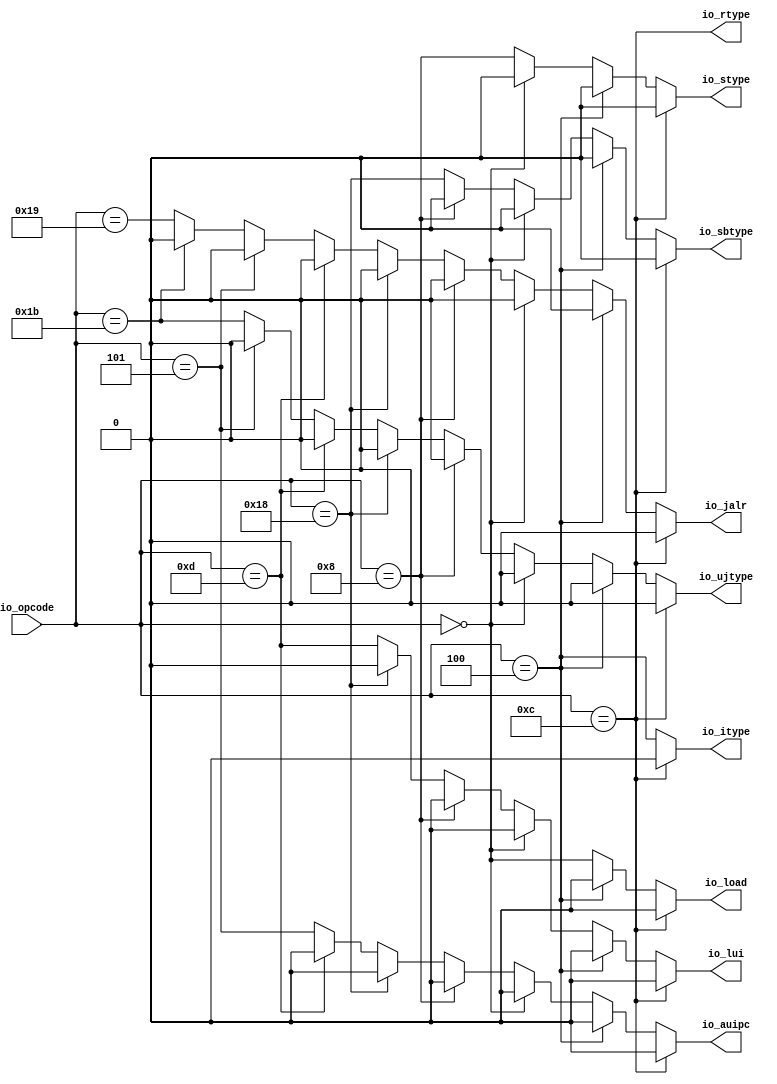
module TypeDecode(
  input  [4:0] io_opcode,
  output       io_rtype,
  output       io_itype,
  output       io_load,
  output       io_stype,
  output       io_sbtype,
  output       io_lui,
  output       io_auipc,
  output       io_ujtype,
  output       io_jalr
);
  wire  _T; // @[TypeDecode.scala 29:22]
  wire  _T_1; // @[TypeDecode.scala 31:28]
  wire  _T_2; // @[TypeDecode.scala 33:28]
  wire  _T_3; // @[TypeDecode.scala 35:28]
  wire  _T_4; // @[TypeDecode.scala 37:28]
  wire  _T_5; // @[TypeDecode.scala 39:28]
  wire  _T_6; // @[TypeDecode.scala 41:28]
  wire  _T_7; // @[TypeDecode.scala 43:28]
  wire  _T_8; // @[TypeDecode.scala 45:28]
  wire  _GEN_2; // @[TypeDecode.scala 43:37]
  wire  _GEN_4; // @[TypeDecode.scala 41:37]
  wire  _GEN_5; // @[TypeDecode.scala 41:37]
  wire  _GEN_7; // @[TypeDecode.scala 39:37]
  wire  _GEN_8; // @[TypeDecode.scala 39:37]
  wire  _GEN_9; // @[TypeDecode.scala 39:37]
  wire  _GEN_11; // @[TypeDecode.scala 37:37]
  wire  _GEN_12; // @[TypeDecode.scala 37:37]
  wire  _GEN_13; // @[TypeDecode.scala 37:37]
  wire  _GEN_14; // @[TypeDecode.scala 37:37]
  wire  _GEN_16; // @[TypeDecode.scala 35:37]
  wire  _GEN_17; // @[TypeDecode.scala 35:37]
  wire  _GEN_18; // @[TypeDecode.scala 35:37]
  wire  _GEN_19; // @[TypeDecode.scala 35:37]
  wire  _GEN_20; // @[TypeDecode.scala 35:37]
  wire  _GEN_22; // @[TypeDecode.scala 33:37]
  wire  _GEN_23; // @[TypeDecode.scala 33:37]
  wire  _GEN_24; // @[TypeDecode.scala 33:37]
  wire  _GEN_25; // @[TypeDecode.scala 33:37]
  wire  _GEN_26; // @[TypeDecode.scala 33:37]
  wire  _GEN_27; // @[TypeDecode.scala 33:37]
  wire  _GEN_29; // @[TypeDecode.scala 31:37]
  wire  _GEN_30; // @[TypeDecode.scala 31:37]
  wire  _GEN_31; // @[TypeDecode.scala 31:37]
  wire  _GEN_32; // @[TypeDecode.scala 31:37]
  wire  _GEN_33; // @[TypeDecode.scala 31:37]
  wire  _GEN_34; // @[TypeDecode.scala 31:37]
  wire  _GEN_35; // @[TypeDecode.scala 31:37]
  assign _T = io_opcode == 5'hc; // @[TypeDecode.scala 29:22]
  assign _T_1 = io_opcode == 5'h4; // @[TypeDecode.scala 31:28]
  assign _T_2 = io_opcode == 5'h0; // @[TypeDecode.scala 33:28]
  assign _T_3 = io_opcode == 5'h8; // @[TypeDecode.scala 35:28]
  assign _T_4 = io_opcode == 5'h18; // @[TypeDecode.scala 37:28]
  assign _T_5 = io_opcode == 5'hd; // @[TypeDecode.scala 39:28]
  assign _T_6 = io_opcode == 5'h5; // @[TypeDecode.scala 41:28]
  assign _T_7 = io_opcode == 5'h1b; // @[TypeDecode.scala 43:28]
  assign _T_8 = io_opcode == 5'h19; // @[TypeDecode.scala 45:28]
  assign _GEN_2 = _T_7 ? 1'h0 : _T_8; // @[TypeDecode.scala 43:37]
  assign _GEN_4 = _T_6 ? 1'h0 : _T_7; // @[TypeDecode.scala 41:37]
  assign _GEN_5 = _T_6 ? 1'h0 : _GEN_2; // @[TypeDecode.scala 41:37]
  assign _GEN_7 = _T_5 ? 1'h0 : _T_6; // @[TypeDecode.scala 39:37]
  assign _GEN_8 = _T_5 ? 1'h0 : _GEN_4; // @[TypeDecode.scala 39:37]
  assign _GEN_9 = _T_5 ? 1'h0 : _GEN_5; // @[TypeDecode.scala 39:37]
  assign _GEN_11 = _T_4 ? 1'h0 : _T_5; // @[TypeDecode.scala 37:37]
  assign _GEN_12 = _T_4 ? 1'h0 : _GEN_7; // @[TypeDecode.scala 37:37]
  assign _GEN_13 = _T_4 ? 1'h0 : _GEN_8; // @[TypeDecode.scala 37:37]
  assign _GEN_14 = _T_4 ? 1'h0 : _GEN_9; // @[TypeDecode.scala 37:37]
  assign _GEN_16 = _T_3 ? 1'h0 : _T_4; // @[TypeDecode.scala 35:37]
  assign _GEN_17 = _T_3 ? 1'h0 : _GEN_11; // @[TypeDecode.scala 35:37]
  assign _GEN_18 = _T_3 ? 1'h0 : _GEN_12; // @[TypeDecode.scala 35:37]
  assign _GEN_19 = _T_3 ? 1'h0 : _GEN_13; // @[TypeDecode.scala 35:37]
  assign _GEN_20 = _T_3 ? 1'h0 : _GEN_14; // @[TypeDecode.scala 35:37]
  assign _GEN_22 = _T_2 ? 1'h0 : _T_3; // @[TypeDecode.scala 33:37]
  assign _GEN_23 = _T_2 ? 1'h0 : _GEN_16; // @[TypeDecode.scala 33:37]
  assign _GEN_24 = _T_2 ? 1'h0 : _GEN_17; // @[TypeDecode.scala 33:37]
  assign _GEN_25 = _T_2 ? 1'h0 : _GEN_18; // @[TypeDecode.scala 33:37]
  assign _GEN_26 = _T_2 ? 1'h0 : _GEN_19; // @[TypeDecode.scala 33:37]
  assign _GEN_27 = _T_2 ? 1'h0 : _GEN_20; // @[TypeDecode.scala 33:37]
  assign _GEN_29 = _T_1 ? 1'h0 : _T_2; // @[TypeDecode.scala 31:37]
  assign _GEN_30 = _T_1 ? 1'h0 : _GEN_22; // @[TypeDecode.scala 31:37]
  assign _GEN_31 = _T_1 ? 1'h0 : _GEN_23; // @[TypeDecode.scala 31:37]
  assign _GEN_32 = _T_1 ? 1'h0 : _GEN_24; // @[TypeDecode.scala 31:37]
  assign _GEN_33 = _T_1 ? 1'h0 : _GEN_25; // @[TypeDecode.scala 31:37]
  assign _GEN_34 = _T_1 ? 1'h0 : _GEN_26; // @[TypeDecode.scala 31:37]
  assign _GEN_35 = _T_1 ? 1'h0 : _GEN_27; // @[TypeDecode.scala 31:37]
  assign io_rtype = io_opcode == 5'hc; // @[TypeDecode.scala 19:19 TypeDecode.scala 30:19]
  assign io_itype = _T ? 1'h0 : _T_1; // @[TypeDecode.scala 20:19 TypeDecode.scala 32:19]
  assign io_load = _T ? 1'h0 : _GEN_29; // @[TypeDecode.scala 21:19 TypeDecode.scala 34:19]
  assign io_stype = _T ? 1'h0 : _GEN_30; // @[TypeDecode.scala 22:19 TypeDecode.scala 36:19]
  assign io_sbtype = _T ? 1'h0 : _GEN_31; // @[TypeDecode.scala 23:19 TypeDecode.scala 38:19]
  assign io_lui = _T ? 1'h0 : _GEN_32; // @[TypeDecode.scala 24:19 TypeDecode.scala 40:19]
  assign io_auipc = _T ? 1'h0 : _GEN_33; // @[TypeDecode.scala 25:19 TypeDecode.scala 42:19]
  assign io_ujtype = _T ? 1'h0 : _GEN_34; // @[TypeDecode.scala 26:19 TypeDecode.scala 44:19]
  assign io_jalr = _T ? 1'h0 : _GEN_35; // @[TypeDecode.scala 27:19 TypeDecode.scala 46:19]
endmodule